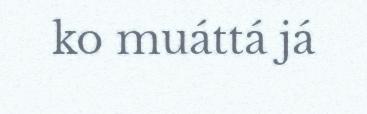
ko muáttá já